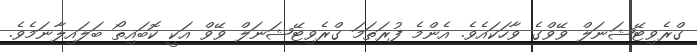
ގްރެވިޓޭޝަނަލް ވޭވްގެ ވާހަކައެވެ. އެންމެ ފުރަތަމަ ގްރެވިޓޭޝަނަލް ވޭވް އަކީ ކޮބައިތޯ ބަލައިލާނަމެވެ.